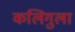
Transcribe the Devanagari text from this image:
कलिगुला